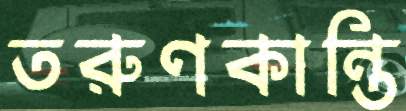
তরুণকান্তি